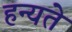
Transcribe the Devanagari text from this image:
हन्यते